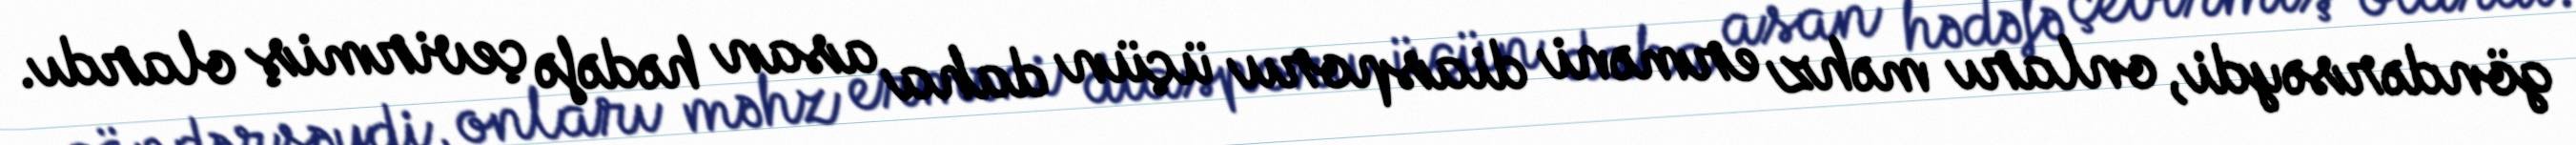
göndərsəydi, onları məhz erməni diasporu üçün daha asan hədəfə çevirmiş olardı.